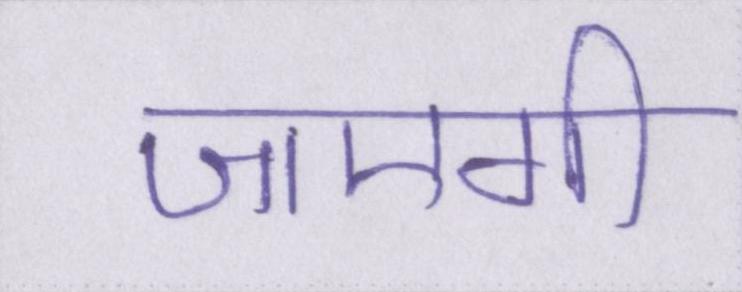
जाएगी